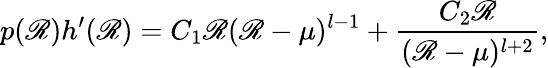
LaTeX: p(\mathscr{R})h^{\prime}(\mathscr{R})=C_{1}\mathscr{R}(\mathscr{R}-\mu)^{l-1}+{\frac{{C_{2}\mathscr{R}}}{{(\mathscr{R}-\mu)^{l+2}}}},